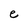
Character: e